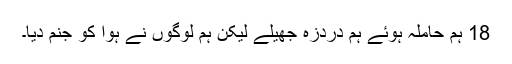
18 ہم حاملہ ہوئے ہم دردزہ جھیلے لیکن ہم لوگوں نے ہوا کو جنم دیا۔